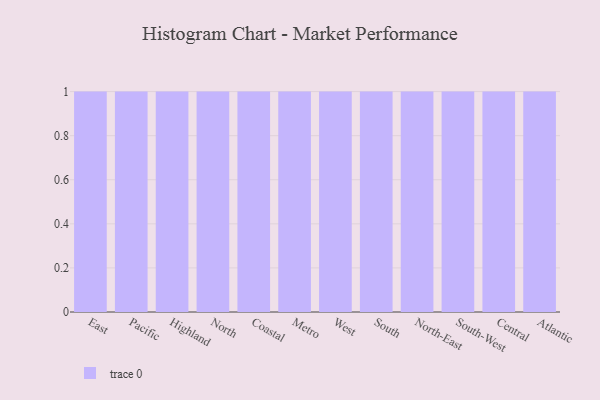
{"axis": {"x": "Region", "y": "Headcount"}, "legend": [""], "data": [{"x": "East", "y": 14, "type": ""}, {"x": "Pacific", "y": 71, "type": ""}, {"x": "Highland", "y": 22, "type": ""}, {"x": "North", "y": 63, "type": ""}, {"x": "Coastal", "y": 19, "type": ""}, {"x": "Metro", "y": 36, "type": ""}, {"x": "West", "y": 29, "type": ""}, {"x": "South", "y": 11, "type": ""}, {"x": "North-East", "y": 70, "type": ""}, {"x": "South-West", "y": 29, "type": ""}, {"x": "Central", "y": 39, "type": ""}, {"x": "Atlantic", "y": 2, "type": ""}]}